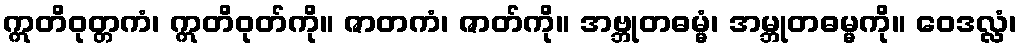
ဣတိဝုတ္တကံ၊ ဣတိဝုတ်ကို။ ဇာတကံ၊ ဇာတ်ကို။ အဗ္ဘုတဓမ္မံ၊ အမ္ဘုတဓမ္မကို။ ဝေဒလ္လံ၊